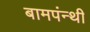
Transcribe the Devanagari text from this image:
बामपंन्थी